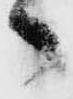
々